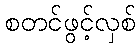
စတင်ဖွင့်လှစ်